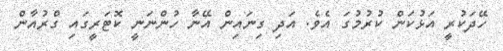
ހޭދަކުރީ އަޅުކަން ކުރުމުގަ އެވެ. އަދި ގިނައިން އޭނާ ހުންނަނީ ކޮޓަރީގައި ގްރުއާން